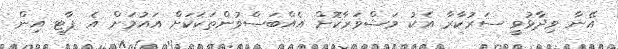
އޭނާ ވިދާޅުވީ ސަރުކާރާ އެކު މަޝްވަރާކޮށް އެއްބަސްވުންތަކަކަށް އައުމަށް އެ ޕާޓީ އިން